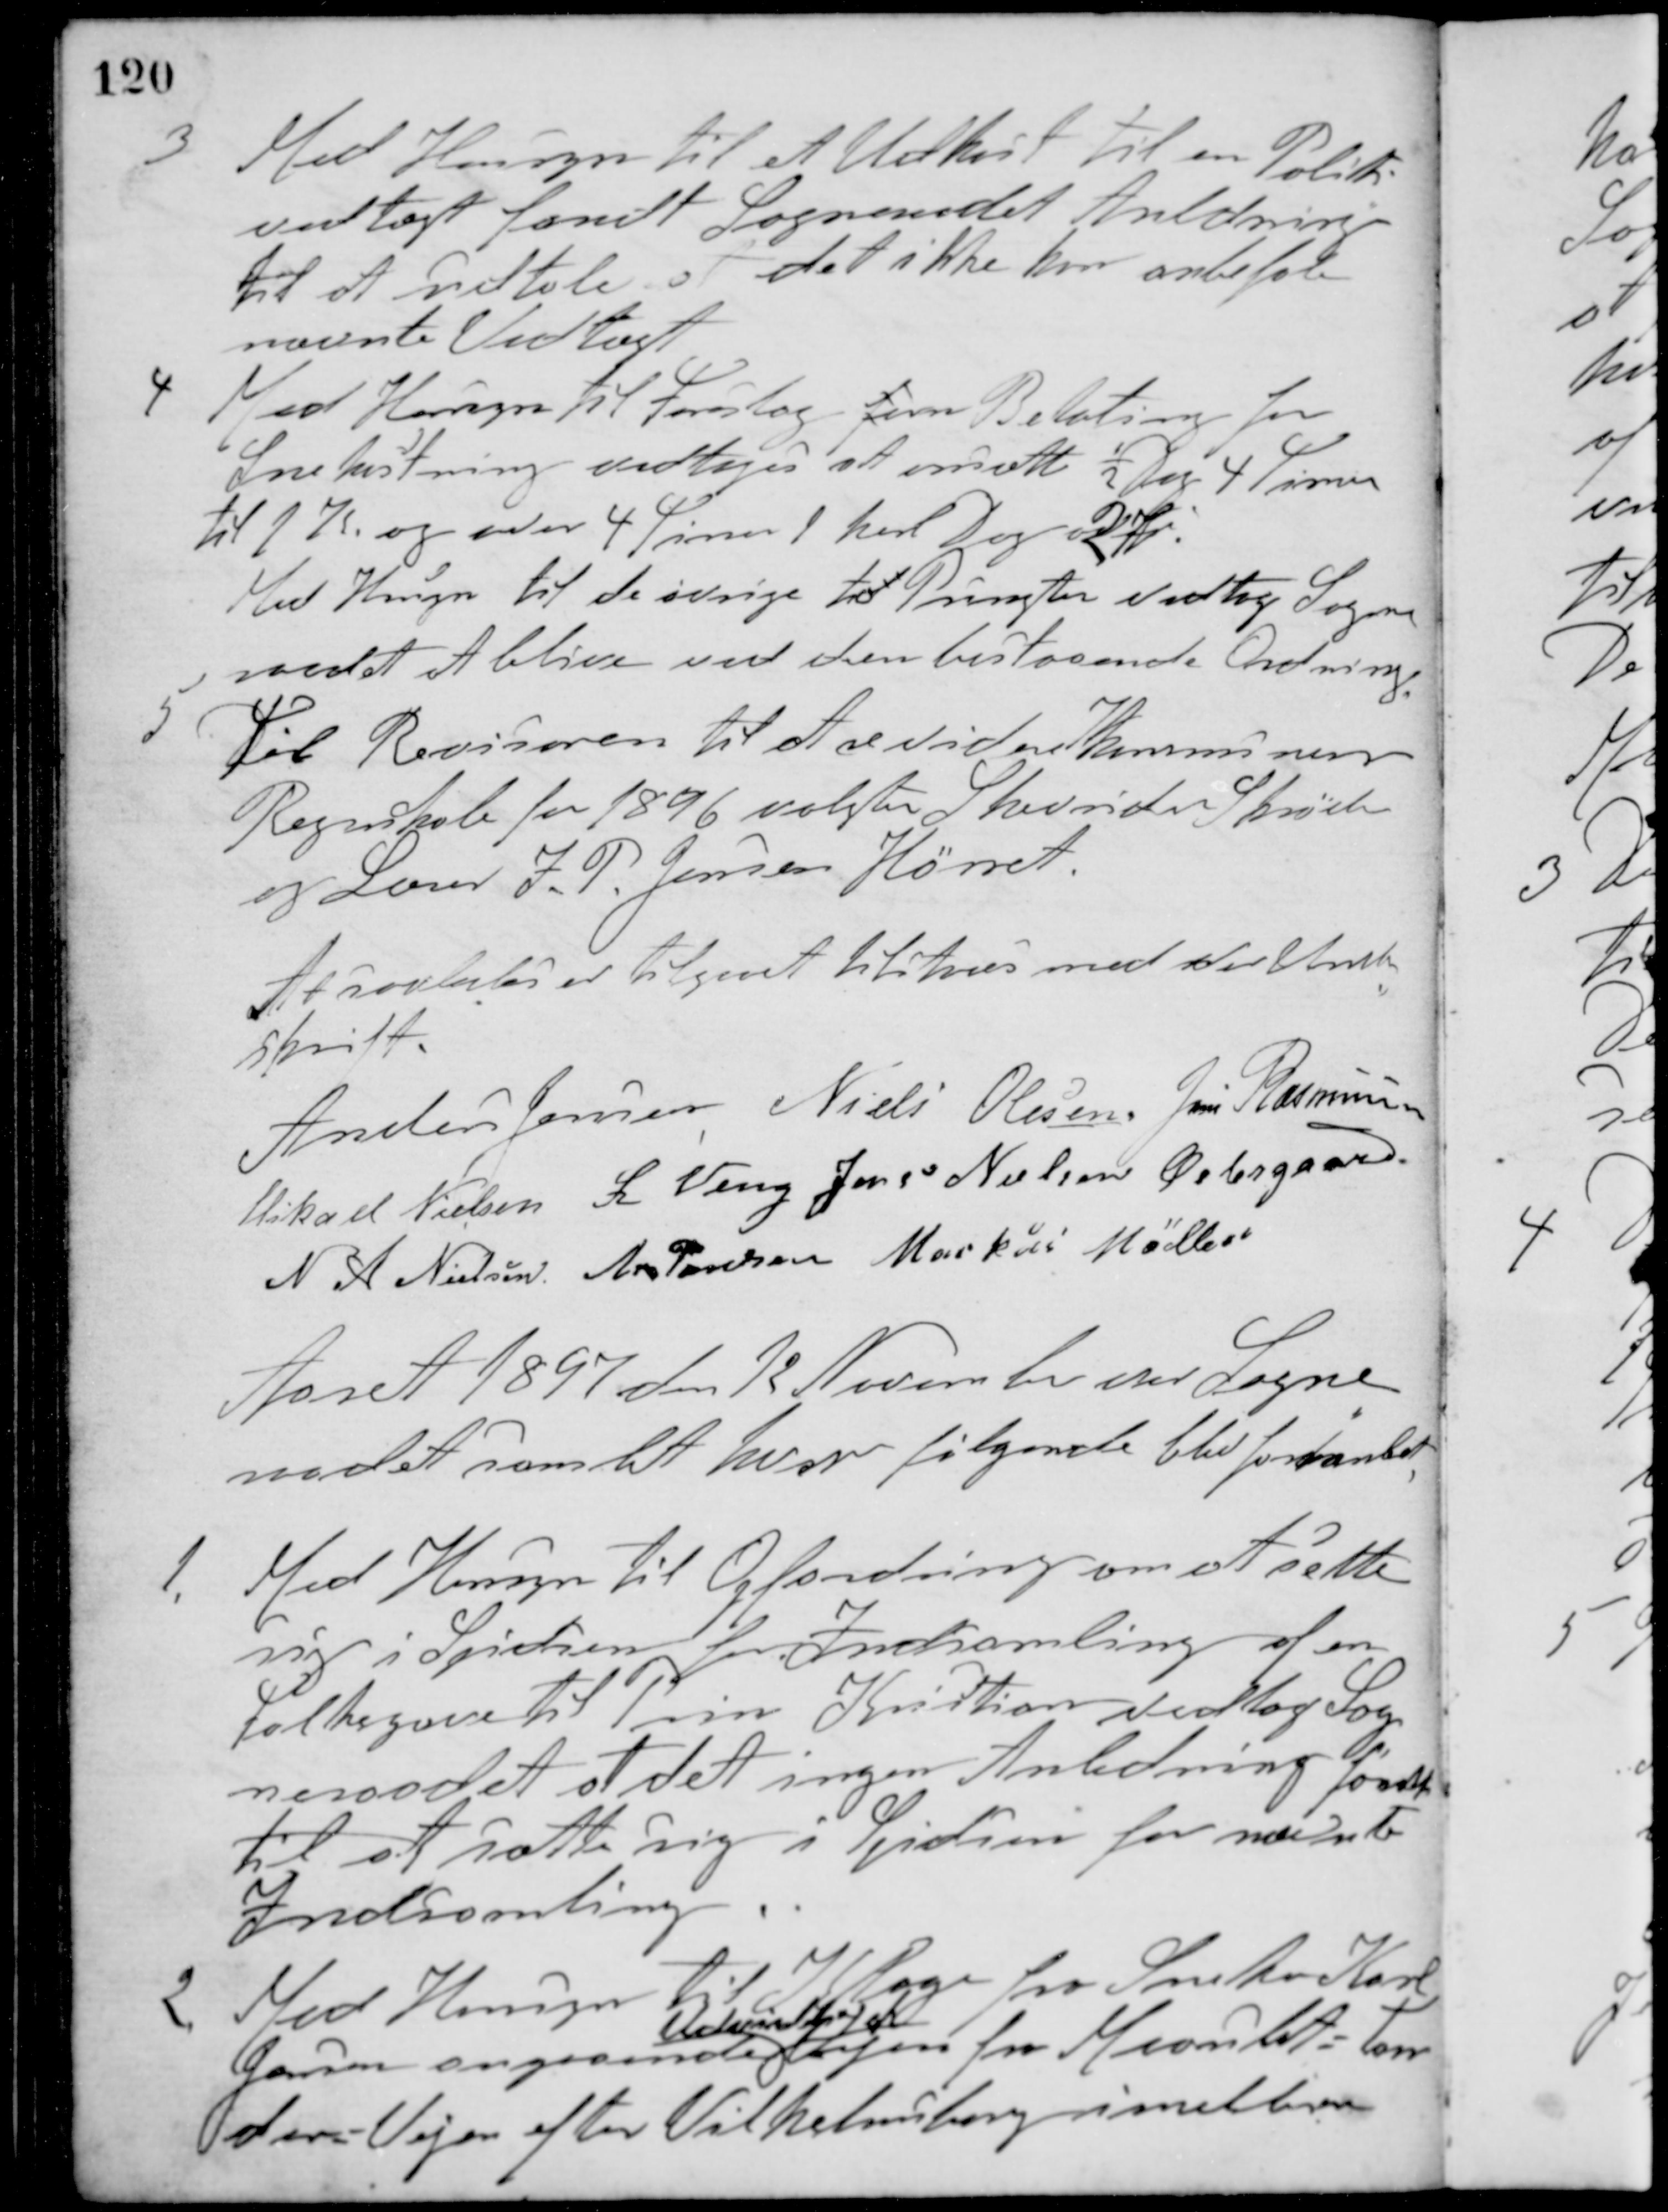
Transskription:
3 Med Hensyn til et Udkast til en Politi-
vedtægt fandt Sogneraadet Anledning
til at udtale, at det ikke kan anbefale
nævnte Vedtægt
4 Med Hensyn til Forslag fom Betaling for
Snekastning vedtoges at ansætte ½ Dag 4 Timer
til 1 K. og over 4 Timer 1 hel Dag 2 K
Med Hensyn til de øvrige tol Pungter vedtog Sogne-
raadet at blive ved den bestaaende Ordning.
5 Til Revisorer til at revidere Kommunens
Regnskab for 1896 valgtes Skovrider Skrøder
og Lærer J. P. Jensen Hørret.
At saaledes er tilgaaet tilstaaes med vor Under-
skrift.
Anders Jensen Niels Olesen Jens Rasmussen
Mikael Nielsen L. Veng Jens Nielsen Østergaard
N. A. Nielsen M. Poulsen Markus Møller
Aaret 1897 den 12 November var Sogne-
raadet samlet hvor følgende blev forhandlet:
1. Med Hensyn til Opfordring om at sætte
sig i Spidsen for Indsamling af en
Folkegave til Prins Kristian vedtog Sog-
neraadet at det ingen Anledning fandt
til at sætte sig i Spidsen for nævnte
Indsamling.
2 Med Hensyn til Klage fra Sneker Karl
Jensen angaaende
Udvidelse af
Vejen fra Maarslet-Tan-
der-Vejen efter Vilhelmsborg imellem